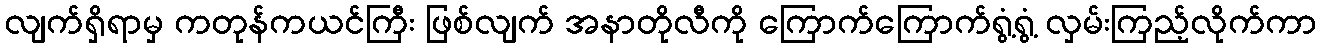
လျက်ရှိရာမှ ကတုန်ကယင်ကြီး ဖြစ်လျက် အနာတိုလီကို ကြောက်ကြောက်ရွံ့ရွံ့ လှမ်းကြည့်လိုက်ကာ